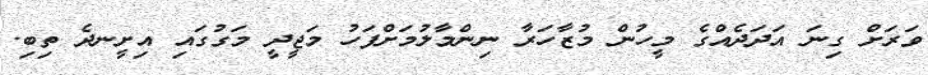
ވަރަށް ގިނަ އަދަދެއްގެ މީހުން މުޒާހަރާ ނިންމާލުމަށްފަހު މަޖީދީ މަގުގައި އިށީނދެ ތިބި.